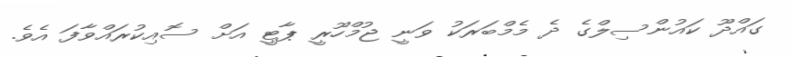
ގައްދޫ ކައުންސިލްގެ ދެ މެމްބަރަކު ވަނީ ޖުމްހޫރީ ޕާޓީ އަށް ސޮއިކުރައްވާފަ އެވެ.